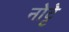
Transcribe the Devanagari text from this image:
नोट्टे